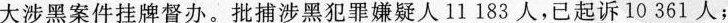
大涉黑案件挂牌督办。批捕涉黑犯罪嫌疑人11183人，已起诉10361人；